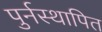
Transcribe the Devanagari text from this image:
पुर्नस्‍थापित